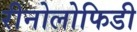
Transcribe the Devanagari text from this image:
रीनोलोफिडी